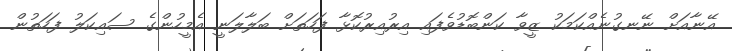
އޭނާއަށް ނޭނގުނެއްކަމަކު ޒީވާ ކަންބޮޑުވެފައި އިރުއިރުކޮޅާ ފަހަތަށް ބަލާލަނީ އެމީހުންގެ ސައިކަލު ފަހަތުން